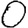
Digit: 0